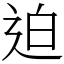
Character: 迫